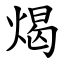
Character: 㷎